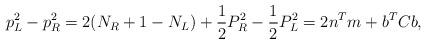
LaTeX: \begin{align*}p_{L}^{2} - p_{R}^{2}= 2(N_{R} + 1 - N_{L}) + \frac{1}{2} P_{R}^{2} -\frac{1}{2} P_{L}^{2}=2 n^{T} m + b^{T} C b,\end{align*}